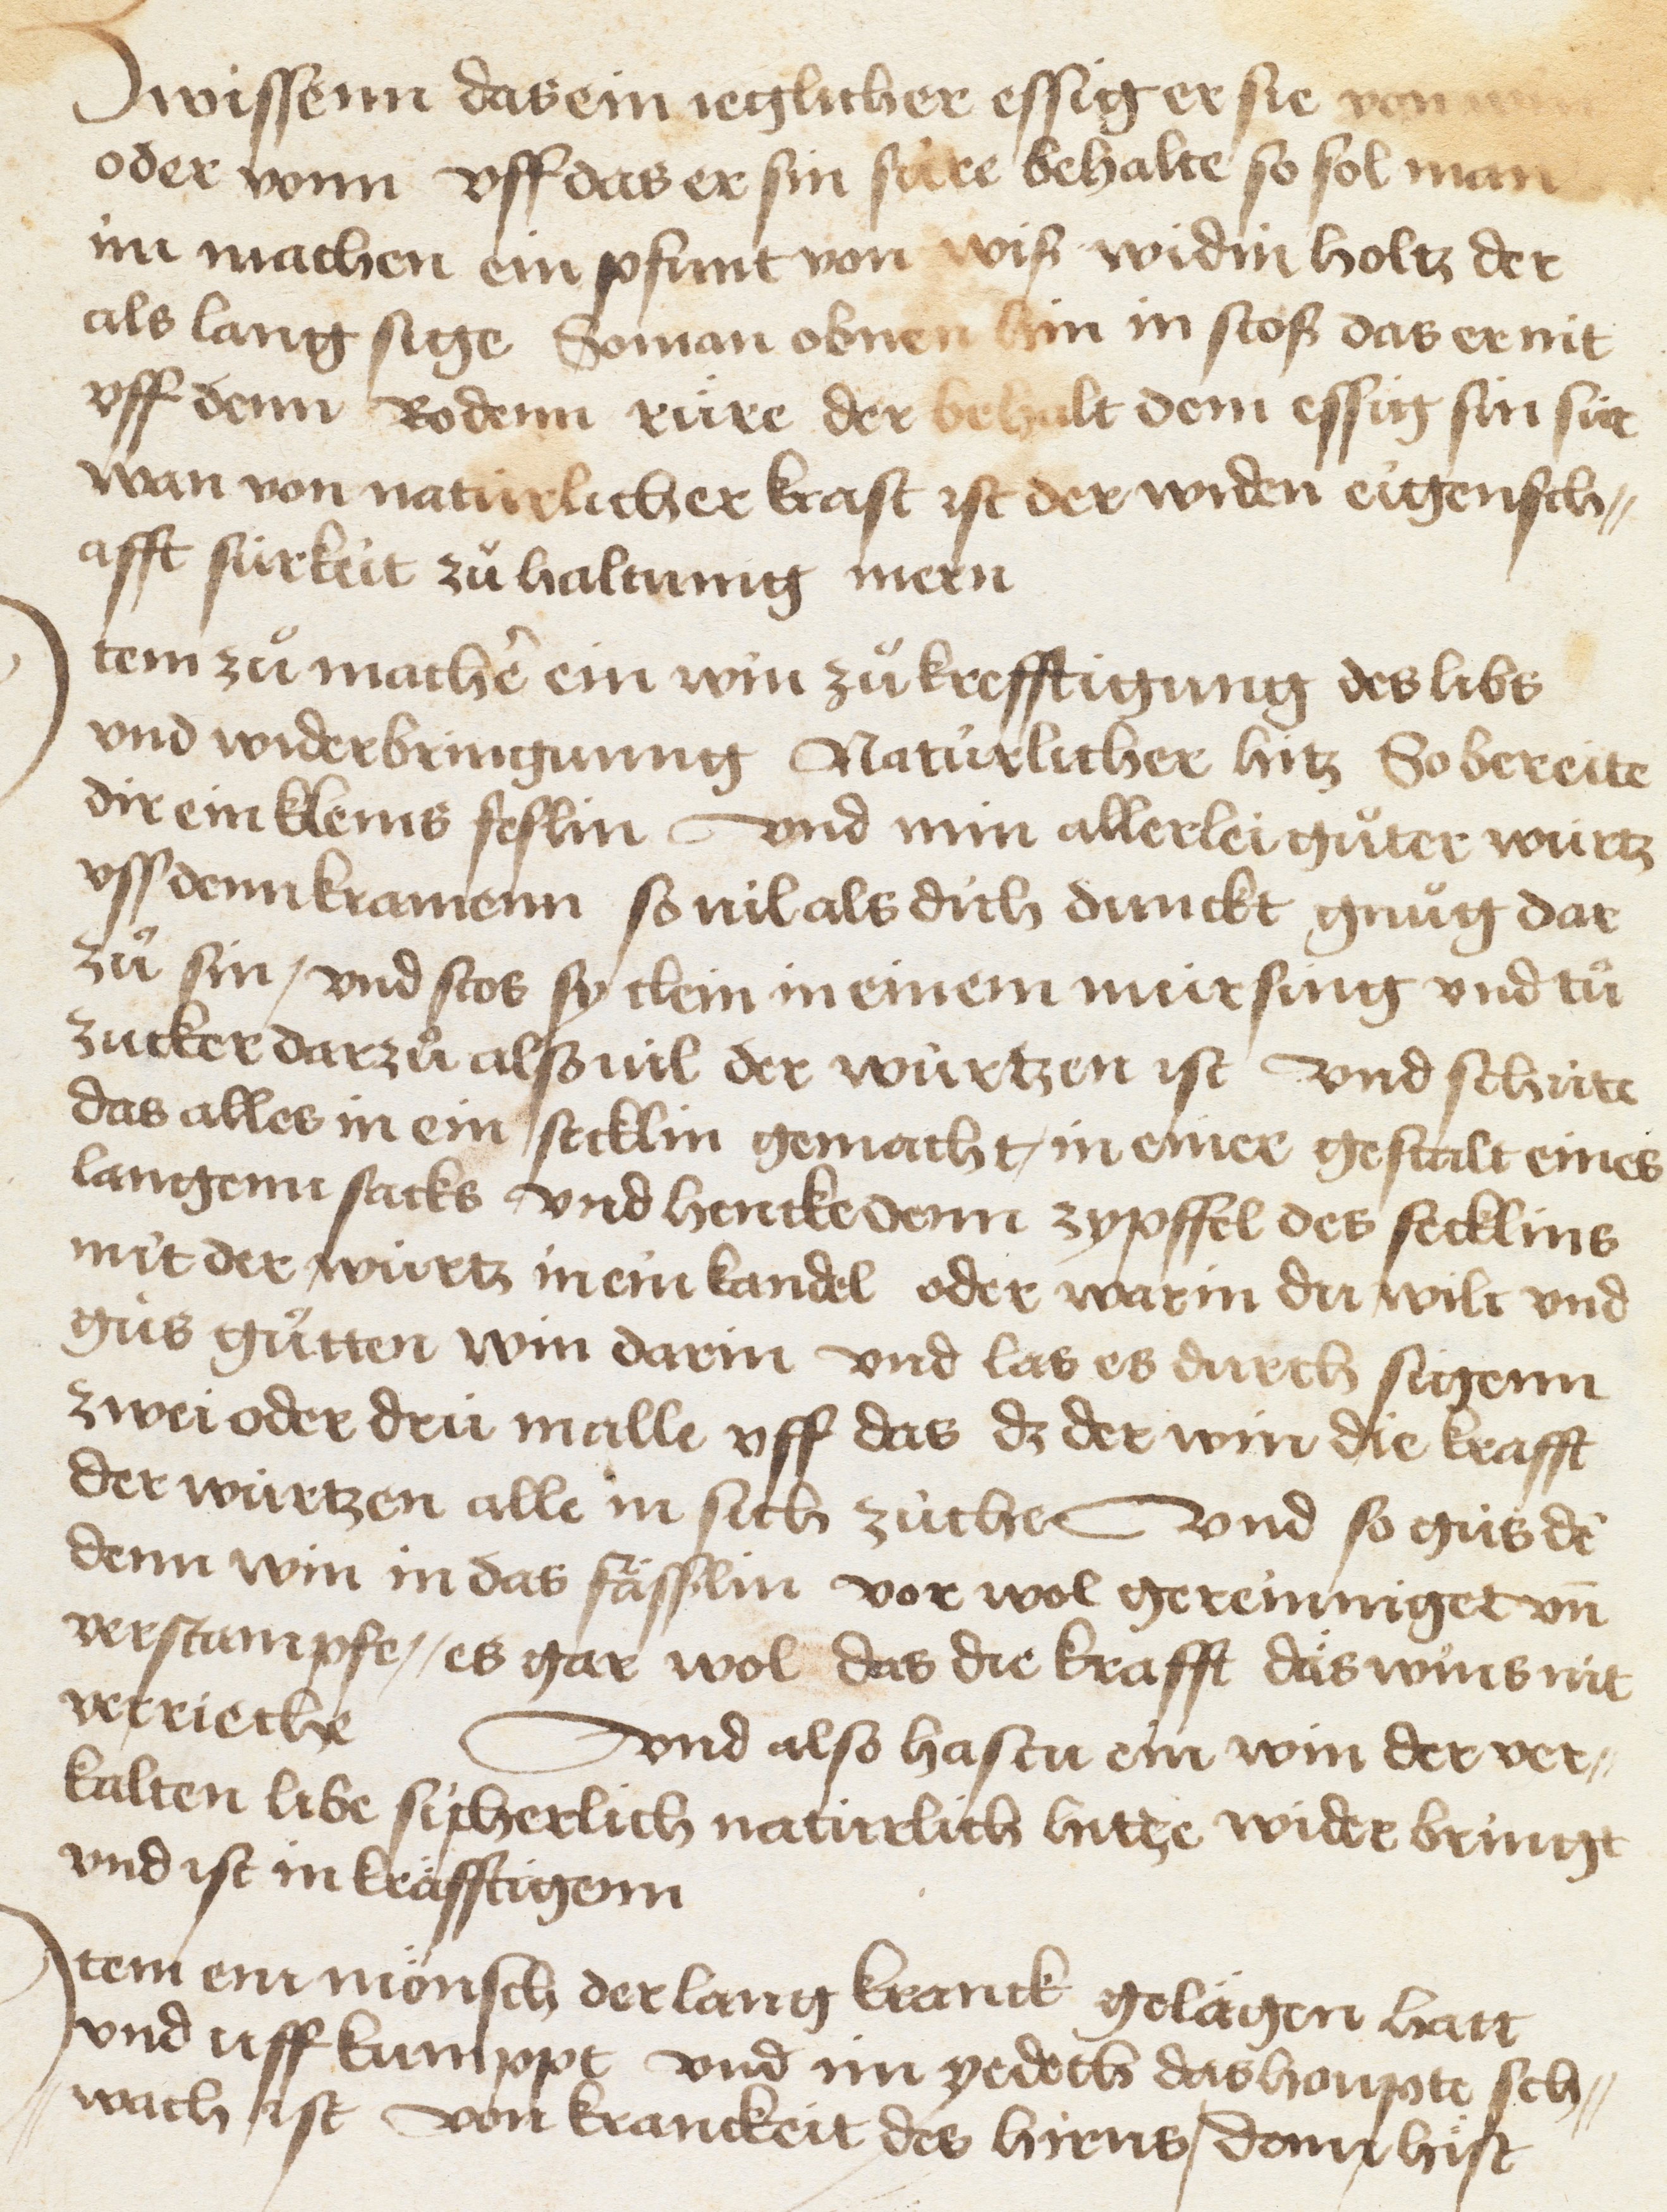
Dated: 1450–1499